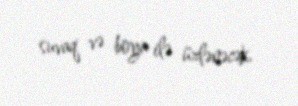
suvaq və boya ilə üzlənəcək.